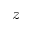
z